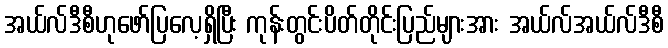
အယ်လ်ဒီစီဟုဖော်ပြလေ့ရှိပြီး ကုန်းတွင်းပိတ်တိုင်းပြည်များအား အယ်လ်အယ်လ်ဒီစီ